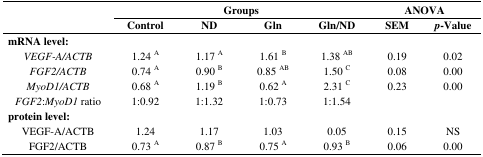
<table><thead><tr><td></td><td colspan="4"><b>Groups</b></td><td colspan="2"><b>ANOVA</b></td></tr><tr><td></td><td><b>Control</b></td><td><b>ND</b></td><td><b>Gln</b></td><td><b>Gln/ND</b></td><td><b>SEM</b></td><td><b><i>p</i>-Value</b></td></tr></thead><tbody><tr><td colspan="7"><b>mRNA level:</b></td></tr><tr><td><i>VEGF-A/ACTB</i></td><td>1.24 A</td><td>1.17 A</td><td>1.61 B</td><td>1.38 AB</td><td>0.19</td><td>0.02</td></tr><tr><td><i>FGF2/ACTB</i></td><td>0.74 A</td><td>0.90 B</td><td>0.85 AB</td><td>1.50 C</td><td>0.08</td><td>0.00</td></tr><tr><td><i>MyoD1/ACTB</i></td><td>0.68 A</td><td>1.19 B</td><td>0.62 A</td><td>2.31 C</td><td>0.23</td><td>0.00</td></tr><tr><td><i>FGF2:MyoD1</i> ratio</td><td>1:0.92</td><td>1:1.32</td><td>1:0.73</td><td>1:1.54</td><td></td><td></td></tr><tr><td colspan="7"><b>protein level:</b></td></tr><tr><td>VEGF-A/ACTB</td><td>1.24</td><td>1.17</td><td>1.03</td><td>0.05</td><td>0.15</td><td>NS</td></tr><tr><td>FGF2/ACTB</td><td>0.73 A</td><td>0.87 B</td><td>0.75 A</td><td>0.93 B</td><td>0.06</td><td>0.00</td></tr></tbody></table>